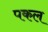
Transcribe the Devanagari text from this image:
पकल